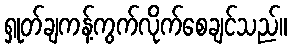
ရှုတ်ချကန့်ကွက်လိုက်စေချင်သည်။